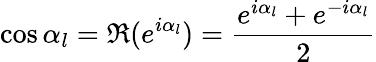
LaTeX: \cos\alpha_{l}=\Re(e^{i\alpha_{l}})=\frac{e^{i\alpha_{l}}+e^{-i\alpha_{l}}}{2}